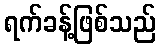
ရက်ခန့်ဖြစ်သည်